Sanitation, dispensaries and jails vaccination Rajputana 1922-1927 - 1922-1927
Year: 1922
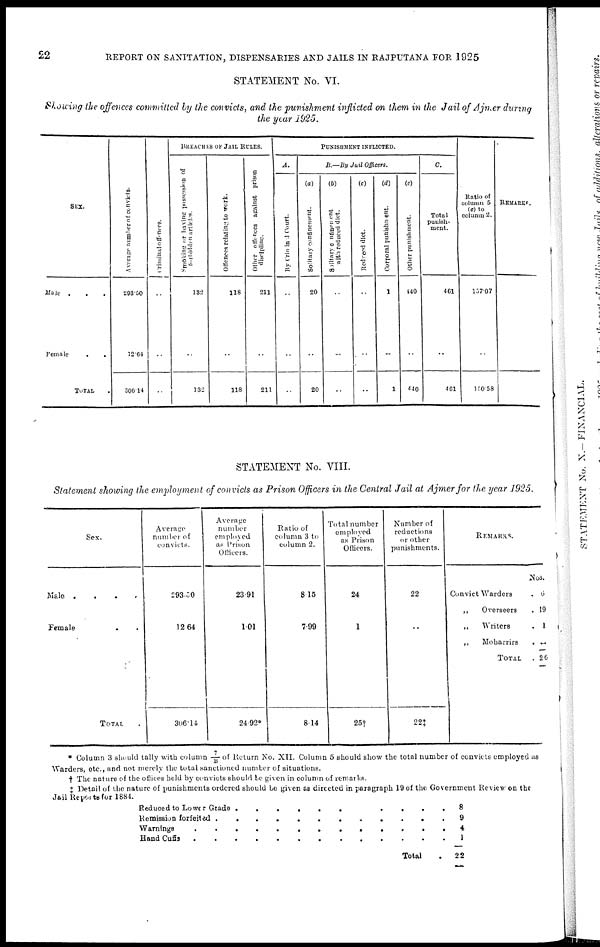
22
REPORT ON SANITATION, DISPENSARIES AND JAILS IN RAJPUTANA FOR 1925
STATEMENT No. VI.
Showing the offences committed by the convicts, and the punishment inflicted on them in the Jail of Ajmer during
the year 1925.
SEX.
Male ...
Female ..
TOTAL .
Average number of convicts.
203.50
12.64
306.14
Criminal offences.
..
..
..
BREACHES OF JAIL RULES.
Smoking of having possession of
forbidden articles.
132
..
132
Offences relating to work.
118
..
118
Other offences against prison
discipline.
211
..
211
PUNISHMENT INFLICTED.
A.
By Criminal Court.
..
..
..
B.—By Jail Officers.
(a)
Solitary confinement.
20
..
20
(b)
Solitary confinement
with reduced diet.
..
..
..
(c)
Reduced diet.
..
..
..
(d)
Corporal punishment.
1
..
1
(e)
Other punishment.
440
..
440
C.
Total
punish-
ment.
461
..
461
Ratio of
column 5
(c) to
column 2.
157.07
..
150.58
REMARKS.
STATEMENT No. VIII.
Statement showing the employment of convicts as Prison Officers in the Central Jail at Ajmer for the year 1925.
Sex.
Male
....
Female ..
TOTAL
Average
number of
convicts.
293.50
12.64
306.14
Average
number
employed
as Prison
Officers.
23.91
1.01
24.92*
Ratio of
column 3 to
column 2.
8.15
799
8.14
Total number
employed
as Prison
Officers.
24
1
25†
Number of
reductions
or other
punishments.
22
..
22‡
REMARKS.
Convict Warders .
„
Overseers .
„
Writers .
„
Moharrirs .
TOTAL .
Nos.
6
19
1
..
26
* Column 3 should tally with column 7/B of Return No. XII. Column 5 should show the total number of convicts employed as
Warders, etc., and not merely the total sanctioned number of situations.
† The nature of the offices held by convicts should be given in column of remarks.
‡ Detail of the nature of punishments ordered should be given as directed in paragraph 19 of the Government Review on the
Jail Reports for 1884.
Reduced to Lower Grade
..........
Remission forfeited ............
Warnings .............
Hand cuffs .............
Total .
8
9
4
1
22